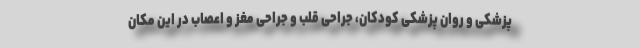
پزشکی و روان پزشکی کودکان، جراحی قلب و جراحی مغز و اعصاب در این مکان